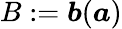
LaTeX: B:=\boldsymbol{b}(\boldsymbol{a})